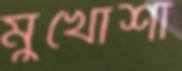
মুখোশা